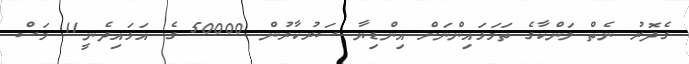
ގެދޮރު ނެތް ލަންކާގެ ތަމަޅައިންނަށް އިންޑިޔާ ސަރުކާރުން 50000 ގެ އަޅައިދެނީ11 މަސް